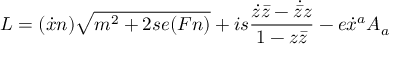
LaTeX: L = ( \dot { x } n ) \sqrt { m ^ { 2 } + 2 s e ( F n ) } + i s \frac { \dot { z } \bar { z } - \dot { \bar { z } } z } { 1 - z \bar { z } } - e \dot { x } ^ { a } A _ { a }